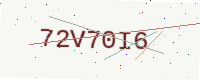
Text: 72V70I6